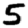
Digit: 5